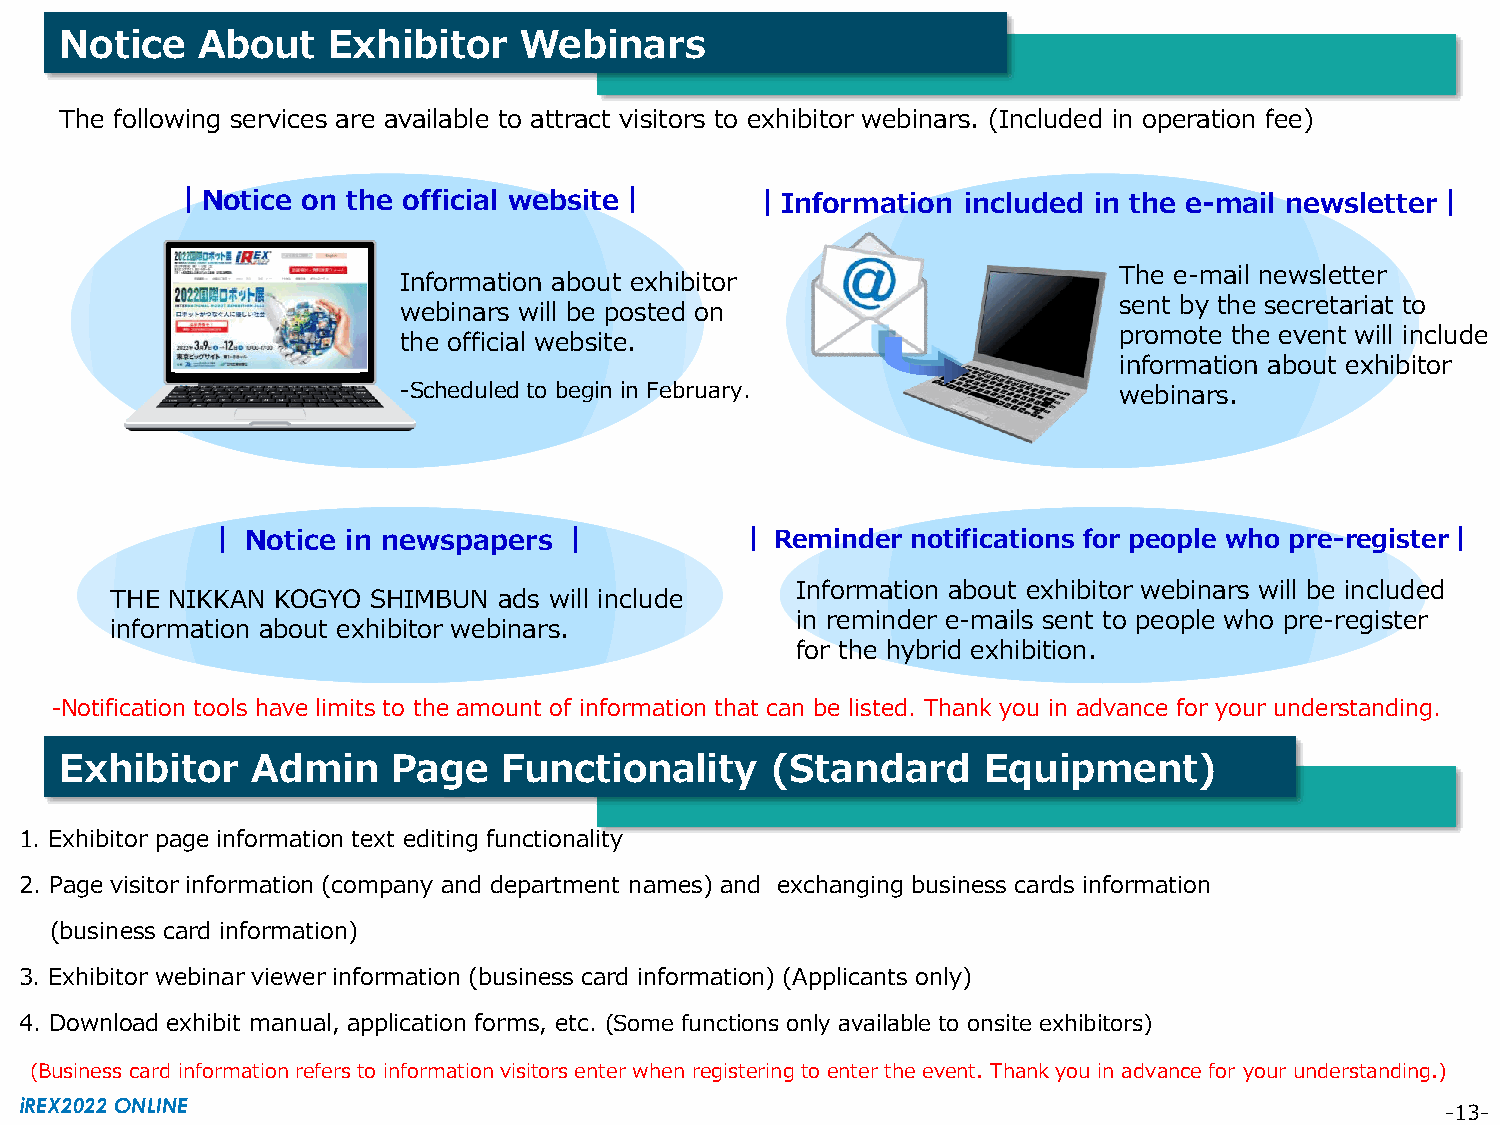
Notice   About    Exhibitor   Webinars
 The following services are available to attract visitors to exhibitor webinars. (Included in operation fee)
 ｜Notice on the official website｜      ｜Information  included in the e-mail newsletter｜
 The e-mail newsletter
 Information about exhibitor
 sent by the secretariat to
 webinars will be posted on
 promote the event will include
 the official website.
 information about exhibitor
 -Scheduled to begin in February.                webinars.
 ｜ Notice in newspapers ｜           ｜ Reminder notifications for people who pre-register｜
 Information about exhibitor webinars will be included
 THE NIKKAN KOGYO  SHIMBUN ads will include
 in reminder e-mails sent to people who pre-register
 information about exhibitor webinars.
 for the hybrid exhibition.
 -Notification tools have limits to the amount of information that can be listed. Thank you in advance for your understanding.
 Exhibitor    Admin    Page   Functionality     (Standard     Equipment)
 1. Exhibitor page information text editing functionality
 2. Page visitor information (company and department names) and exchanging business cards information
 (business card information)
 3. Exhibitor webinar viewer information (business card information) (Applicants only)
 4. Download exhibit manual, application forms, etc. (Some functions only available to onsite exhibitors)
 (Business card information refers to information visitors enter when registering to enter the event. Thank you in advance for your understanding.)
 iREX2022 ONLINE                                                                                -13-